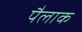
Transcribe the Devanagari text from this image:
पैलाक